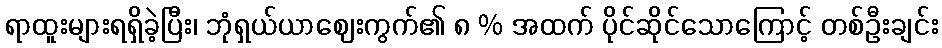
ရာထူးများရရှိခဲ့ပြီး၊ ဘုံရှယ်ယာဈေးကွက်၏ ၈ % အထက် ပိုင်ဆိုင်သောကြောင့် တစ်ဦးချင်း